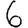
Digit: 6